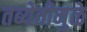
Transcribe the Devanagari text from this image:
तब्येतीमुळे